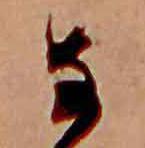
な